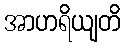
အာဟရိယျတိ